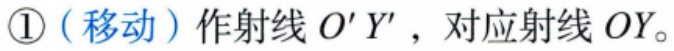
\textcircled{1}（移动）作射线 \(O'Y'\)，对应射线 \(OY\)。